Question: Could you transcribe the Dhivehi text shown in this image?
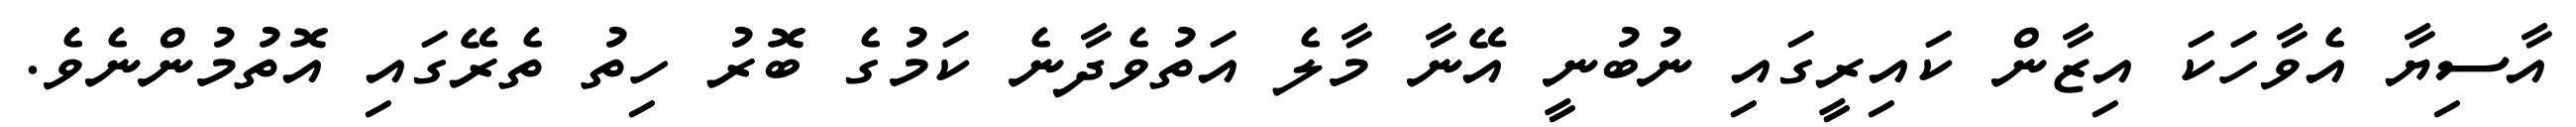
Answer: އާސިޔާ އެވާހަކަ އިޒާން ކައިރީގައި ނުބުނީ އޭނާ މާލެ އަތުވެދާނެ ކަމުގެ ބޮރު ހިތު ތެރޭގައި އޮތުމުންނެވެ.